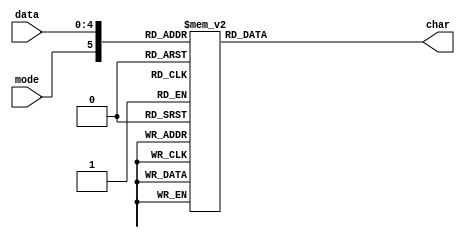
module fiveBitToAsciiDecoder(
	input [4:0]data,
	input mode,
	output [7:0]char
	);
	
	reg [7:0] next_char;
	
	always@(*)
	begin
		case({mode,data})
			6'b000000 : next_char = 8'b01100001;
			6'b000001 : next_char = 8'b01100010;
			6'b000010 : next_char = 8'b01100011;
			6'b000011 : next_char = 8'b01100100;
			6'b000100 : next_char = 8'b01100101;
			6'b000101 : next_char = 8'b01100110;
			6'b000110 : next_char = 8'b01100111;
			6'b000111 : next_char = 8'b01101000;
			6'b001000 : next_char = 8'b01101001;
			6'b001001 : next_char = 8'b01101010;
			6'b001010 : next_char = 8'b01101011;
			6'b001011 : next_char = 8'b01101100;
			6'b001100 : next_char = 8'b01101101;
			6'b001101 : next_char = 8'b01101110;
			6'b001110 : next_char = 8'b01101111;
			6'b001111 : next_char = 8'b01110000;
			6'b010000 : next_char = 8'b01110001;
			6'b010001 : next_char = 8'b01110010;
			6'b010010 : next_char = 8'b01110011;
			6'b010011 : next_char = 8'b01110100;
			6'b010100 : next_char = 8'b01110101;
			6'b010101 : next_char = 8'b01110110;
			6'b010110 : next_char = 8'b01110111;
			6'b010111 : next_char = 8'b01111000;
			6'b011000 : next_char = 8'b01111001;
			6'b011001 : next_char = 8'b01111010;
			6'b011010 : next_char = 8'b00100000;
			6'b011011 : next_char = 8'b00101100;
			6'b011100 : next_char = 8'b00101110;
			6'b011101 : next_char = 8'b00100001;
			6'b011110 : next_char = 8'b00101101;
			6'b011111 : next_char = 8'b00111111;
			6'b100000 : next_char = 8'b01000001;
			6'b100001 : next_char = 8'b01000010;
			6'b100010 : next_char = 8'b01000011;
			6'b100011 : next_char = 8'b01000100;
			6'b100100 : next_char = 8'b01000101;
			6'b100101 : next_char = 8'b01000110;
			6'b100110 : next_char = 8'b01000111;
			6'b100111 : next_char = 8'b01001000;
			6'b101000 : next_char = 8'b01001001;
			6'b101001 : next_char = 8'b01001010;
			6'b101010 : next_char = 8'b01001011;
			6'b101011 : next_char = 8'b01001100;
			6'b101100 : next_char = 8'b01001101;
			6'b101101 : next_char = 8'b01001110;
			6'b101110 : next_char = 8'b01001111;
			6'b101111 : next_char = 8'b01010000;
			6'b110000 : next_char = 8'b01010001;
			6'b110001 : next_char = 8'b01010010;
			6'b110010 : next_char = 8'b01010011;
			6'b110011 : next_char = 8'b01010100;
			6'b110100 : next_char = 8'b01010101;
			6'b110101 : next_char = 8'b01010110;
			6'b110110 : next_char = 8'b01010111;
			6'b110111 : next_char = 8'b01011000;
			6'b111000 : next_char = 8'b01011001;
			6'b111001 : next_char = 8'b01011010;
			6'b111010 : next_char = 8'b00100000;
			6'b111011 : next_char = 8'b00101100;
			6'b111100 : next_char = 8'b00101110;
			6'b111101 : next_char = 8'b00100001;
			6'b111110 : next_char = 8'b00101101;
			6'b111111 : next_char = 8'b00111111;
			default : next_char = 8'b00000000;
		endcase
	end
	assign char = next_char;
endmodule